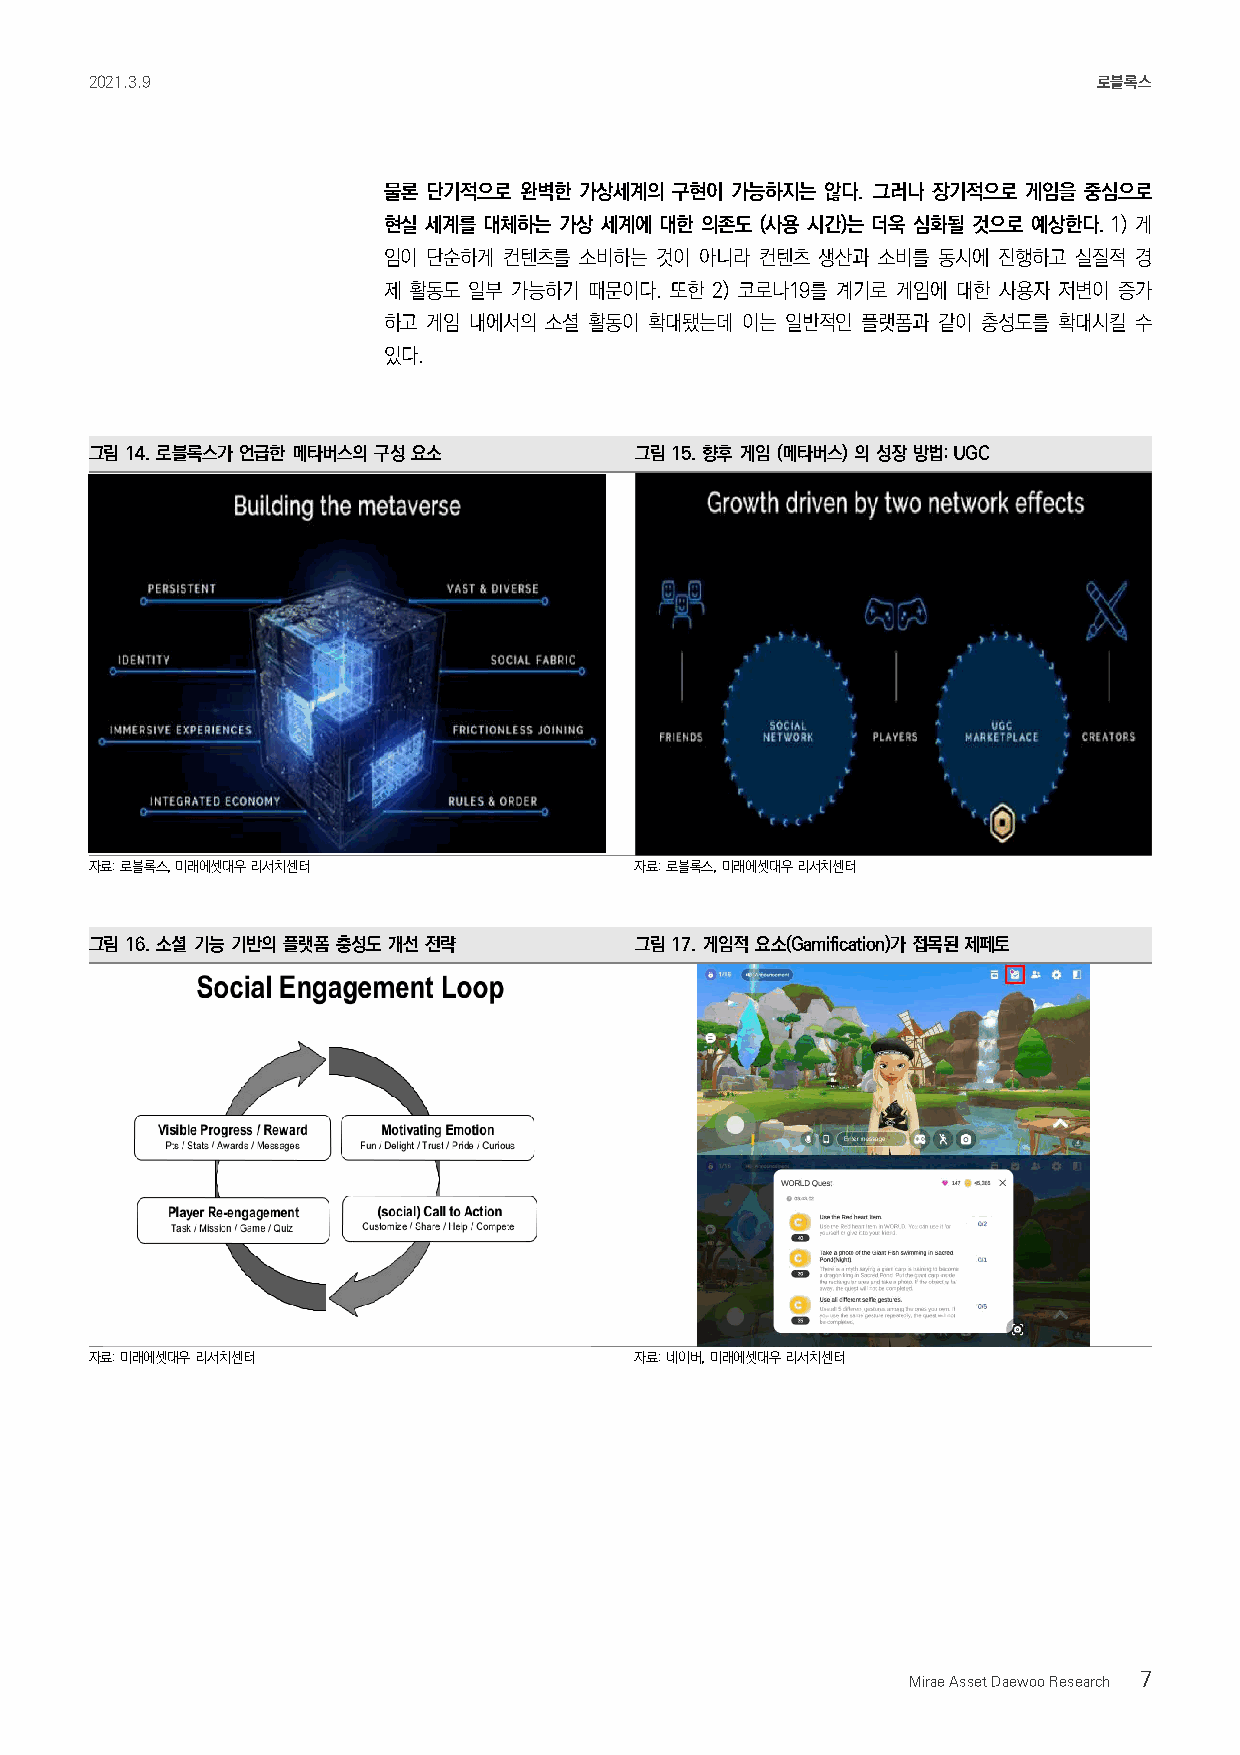
2021.3.9                                                           로블록스
 물론 단기적으로 완벽한 가상세계의 구현이 가능하지는  않다. 그러나 장기적으로 게임을 중심으로
 현실 세계를 대체하는 가상 세계에 대한 의존도 (사용 시간)는 더욱 심화될 것으로 예상한다. 1) 게
 임이 단순하게 컨텐츠를 소비하는 것이 아니라 컨텐츠 생산과 소비를 동시에 진행하고 실질적 경
 제 활동도 일부 가능하기 때문이다. 또한 2) 코로나19를 계기로 게임에 대한 사용자 저변이 증가
 하고 게임 내에서의 소셜 활동이 확대됐는데 이는 일반적인 플랫폼과 같이 충성도를 확대시킬 수
 있다.
 그림 14. 로블록스가 언급한 메타버스의 구성 요소        그림 15. 향후 게임 (메타버스) 의 성장 방법: UGC
 자료: 로블록스, 미래에셋대우 리서치센터              자료: 로블록스, 미래에셋대우 리서치센터
 그림 16. 소셜 기능 기반의 플랫폼 충성도 개선 전략      그림 17. 게임적 요소(Gamification)가 접목된 제페토
 자료: 미래에셋대우 리서치센터                    자료: 네이버, 미래에셋대우 리서치센터
 Mirae Asset Daewoo Research 7